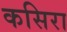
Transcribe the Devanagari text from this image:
कसिरा